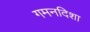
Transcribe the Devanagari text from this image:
गमनदिशा